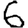
Digit: 6